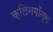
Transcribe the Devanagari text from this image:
क्लिनगॉन्स